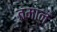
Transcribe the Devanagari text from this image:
तमान